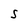
Character: S